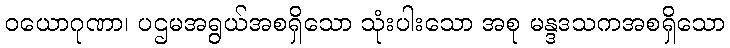
ဝယောဂုဏာ၊ ပဌမအရွယ်အစရှိသော သုံးပါးသော အစု မန္ဒဒသကအစရှိသော